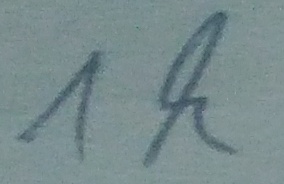
Text: 1k